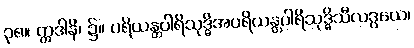
၃၈။ ဣဒါနိ၊ ၌။ ပရိယန္တပါရိသုဒ္ဓိအပရိယန္တပါရိသုဒ္ဓိသီလဒွယေ၊